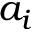
a _ { i }